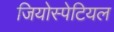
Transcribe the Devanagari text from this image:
जियोस्पेटियल